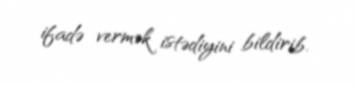
ifadə vermək istədiyini bildirib.